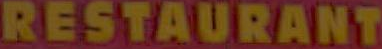
RESTAURANT